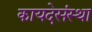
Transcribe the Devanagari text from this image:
कायदेसंस्था